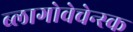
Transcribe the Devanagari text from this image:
ब्लागोवेचेन्स्क